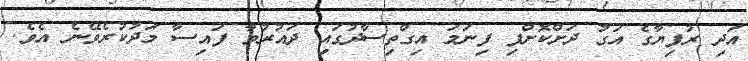
އަދި ރުފިޔާގެ އަގު ދަށްކޮށްފި ފިނަމަ އިގްތިސާދުގައި ދައުރުވާ ފައިސާ މަދުކުރެވޭނެ އެވެ.